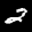
Label: 2